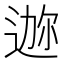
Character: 𫐪